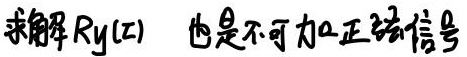
求解$R_y(\tau)$ 也是不可加正弦信号